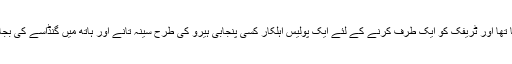
ایک جگہ سڑک کے بیچ میں کوئی کام ہو رہا تھا اور ٹریفک کو ایک طرف کرنے کے لئے ایک پولیس اہلکار کسی پنجابی ہیرو کی طرح سینہ تانے اور ہاتھ میں گنڈاسے کی بجائے ڈنڈا پکڑے سڑ ک کے بیچ میں کھڑا تھا۔